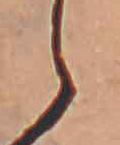
ら